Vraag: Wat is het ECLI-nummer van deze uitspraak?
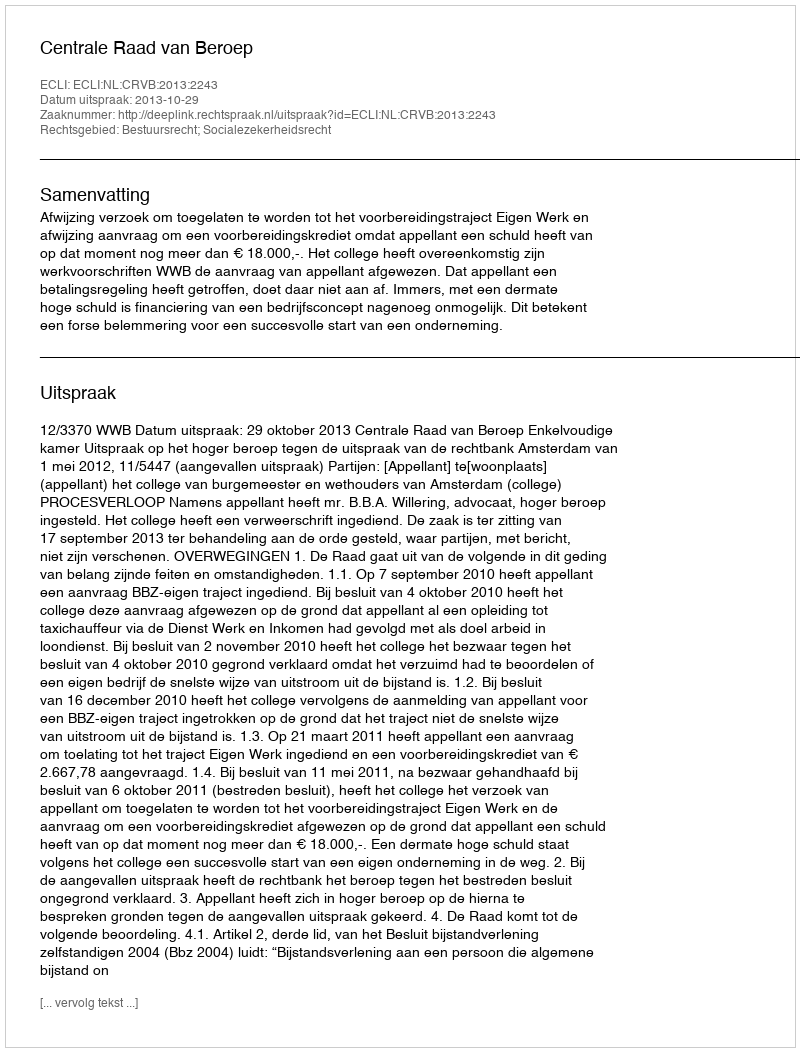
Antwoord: ECLI:NL:CRVB:2013:2243